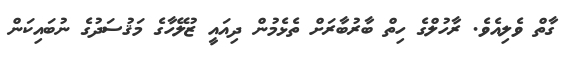
ގާތް ވެލިއެވެ. ރާހުލްގެ ހިތް ބާރުބާރަށް ތެޅެމުން ދިއައީ ޒުލޭހާގެ މަޤުސަދުގެ ނުބައިކަން